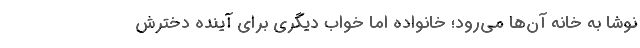
نوشا به خانه آن‌ها می‌رود؛ خانواده اما خواب دیگری برای آینده دخترش